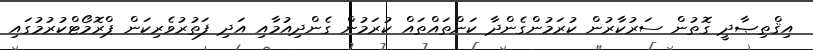
އިޤްތިޞާދީ ގޮތުން ސަރުކާރުން ކުރަމުންގެންދާ ކަންތައްތައް ކުރަމުން ގެންދިއުމާއި އަދި ފަތުރުވެރިކަން ޕްރޮމޯޓްކުރުމުގައި